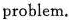
problem.